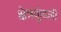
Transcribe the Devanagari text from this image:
क्षेत्रकुंडली